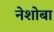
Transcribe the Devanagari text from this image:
नेशोबा